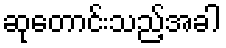
ဆုတောင်းသည့်အခါ